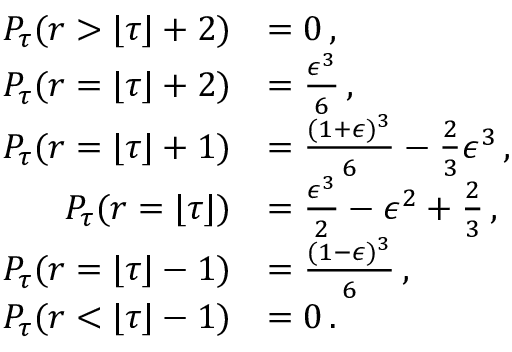
\begin{array} { r l } { P _ { \tau } ( r > \lfloor \tau \rfloor + 2 ) } & { = 0 \, , } \\ { P _ { \tau } ( r = \lfloor \tau \rfloor + 2 ) } & { = \frac { \epsilon ^ { 3 } } { 6 } \, , } \\ { P _ { \tau } ( r = \lfloor \tau \rfloor + 1 ) } & { = \frac { ( 1 + \epsilon ) ^ { 3 } } { 6 } - \frac 2 3 \epsilon ^ { 3 } \, , } \\ { P _ { \tau } ( r = \lfloor \tau \rfloor ) } & { = \frac { \epsilon ^ { 3 } } { 2 } - \epsilon ^ { 2 } + \frac 2 3 \, , } \\ { P _ { \tau } ( r = \lfloor \tau \rfloor - 1 ) } & { = \frac { ( 1 - \epsilon ) ^ { 3 } } { 6 } \, , } \\ { P _ { \tau } ( r < \lfloor \tau \rfloor - 1 ) } & { = 0 \, . } \end{array}